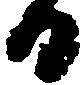
日